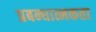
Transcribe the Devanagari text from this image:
प्रबन्धात्मकता